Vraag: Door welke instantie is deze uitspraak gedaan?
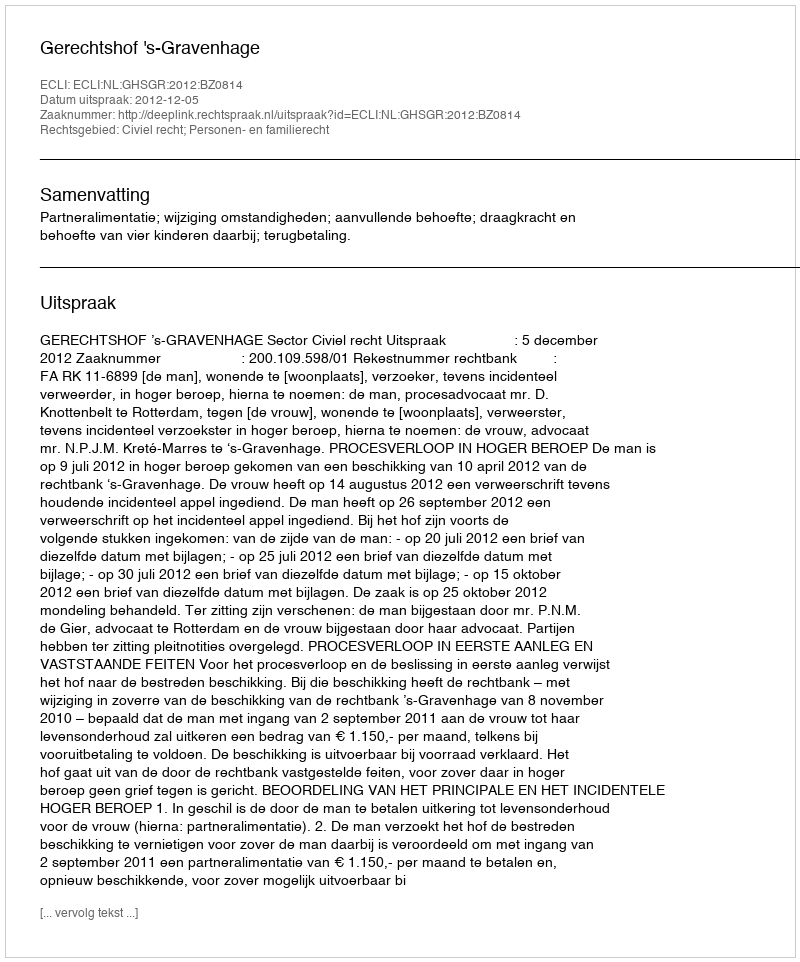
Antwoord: Gerechtshof 's-Gravenhage